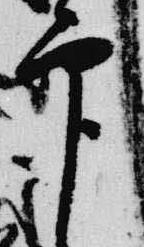
印